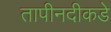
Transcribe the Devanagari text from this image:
तापीनदीकडे